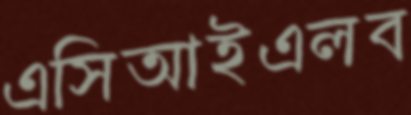
এসিআইএলব